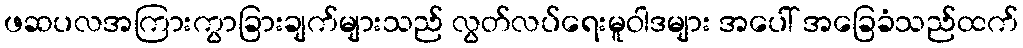
ဖဆပလအကြားကွာခြားချက်များသည် လွတ်လပ်ရေးမူဝါဒများ အပေါ် အခြေခံသည်ထက်